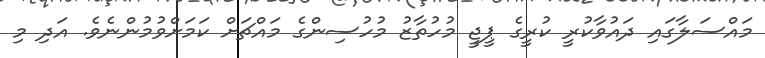
މައްސަލާގައި ދައުވާކުރީ ކުރީގެ ޕީޖީ މުހުތާޒު މުހުސިންގެ މައްޗަށް ކަމަށްވުމުންނެވެ. އަދި މި